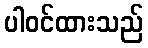
ပါဝင်ထားသည်